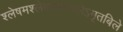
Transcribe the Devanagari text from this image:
श्लेषमश्लेषणयानलेऽमृतबिले